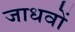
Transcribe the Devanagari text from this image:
जाधवों